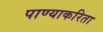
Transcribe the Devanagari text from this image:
पाण्याकरिता